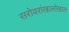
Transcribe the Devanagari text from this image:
सरोवरांखालोखाल